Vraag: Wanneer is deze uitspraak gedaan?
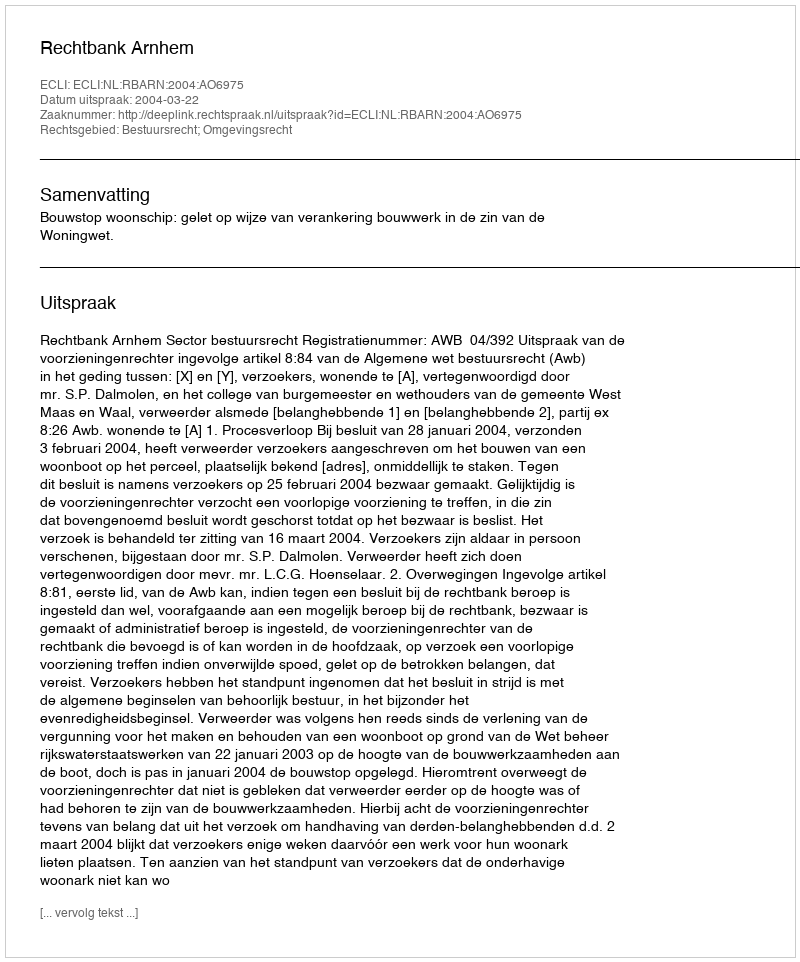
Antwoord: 2004-03-22